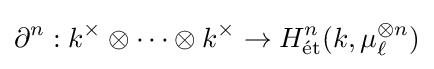
\partial ^{n}:k^{\times }\otimes \cdots \otimes k^{\times }\rightarrow H_{\rm {{\acute {e}}t}}^{n}(k,\mu _{\ell }^{\otimes n})